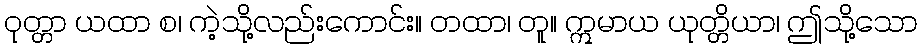
ဝုတ္တာ ယထာ စ၊ ကဲ့သို့လည်းကောင်း။ တထာ၊ တူ။ ဣမာယ ယုတ္တိယာ၊ ဤသို့သော